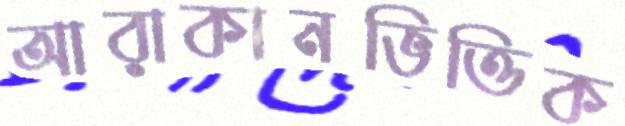
আরাকানভিত্তিক